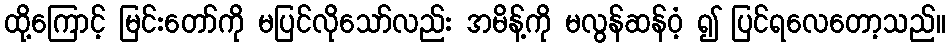
ထို့ကြောင့် မြင်းတော်ကို မပြင်လိုသော်လည်း အမိန့်ကို မလွန်ဆန်ဝံ့ ၍ ပြင်ရလေတော့သည်။